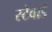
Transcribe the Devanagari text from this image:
स्टेवार्ड